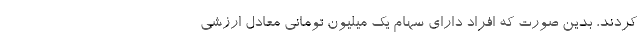
کردند، بدین صورت که افراد دارای سهام یک میلیون تومانی معادل ارزشی